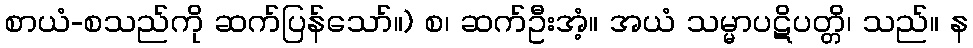
စာယံ-စသည်ကို ဆက်ပြန်သော်။) စ၊ ဆက်ဦးအံ့။ အယံ သမ္မာပဋိပတ္တိ၊ သည်။ န